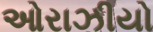
ઓરાઝીયો